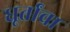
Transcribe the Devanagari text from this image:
धूर्तांचा